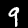
Digit: 9